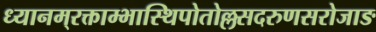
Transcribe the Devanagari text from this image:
ध्यानम्‌रक्ताम्भास्थिपोतोल्लसदरुणसरोजाङ